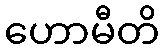
ဟောမီတိ